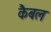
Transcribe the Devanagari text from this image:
कैबल